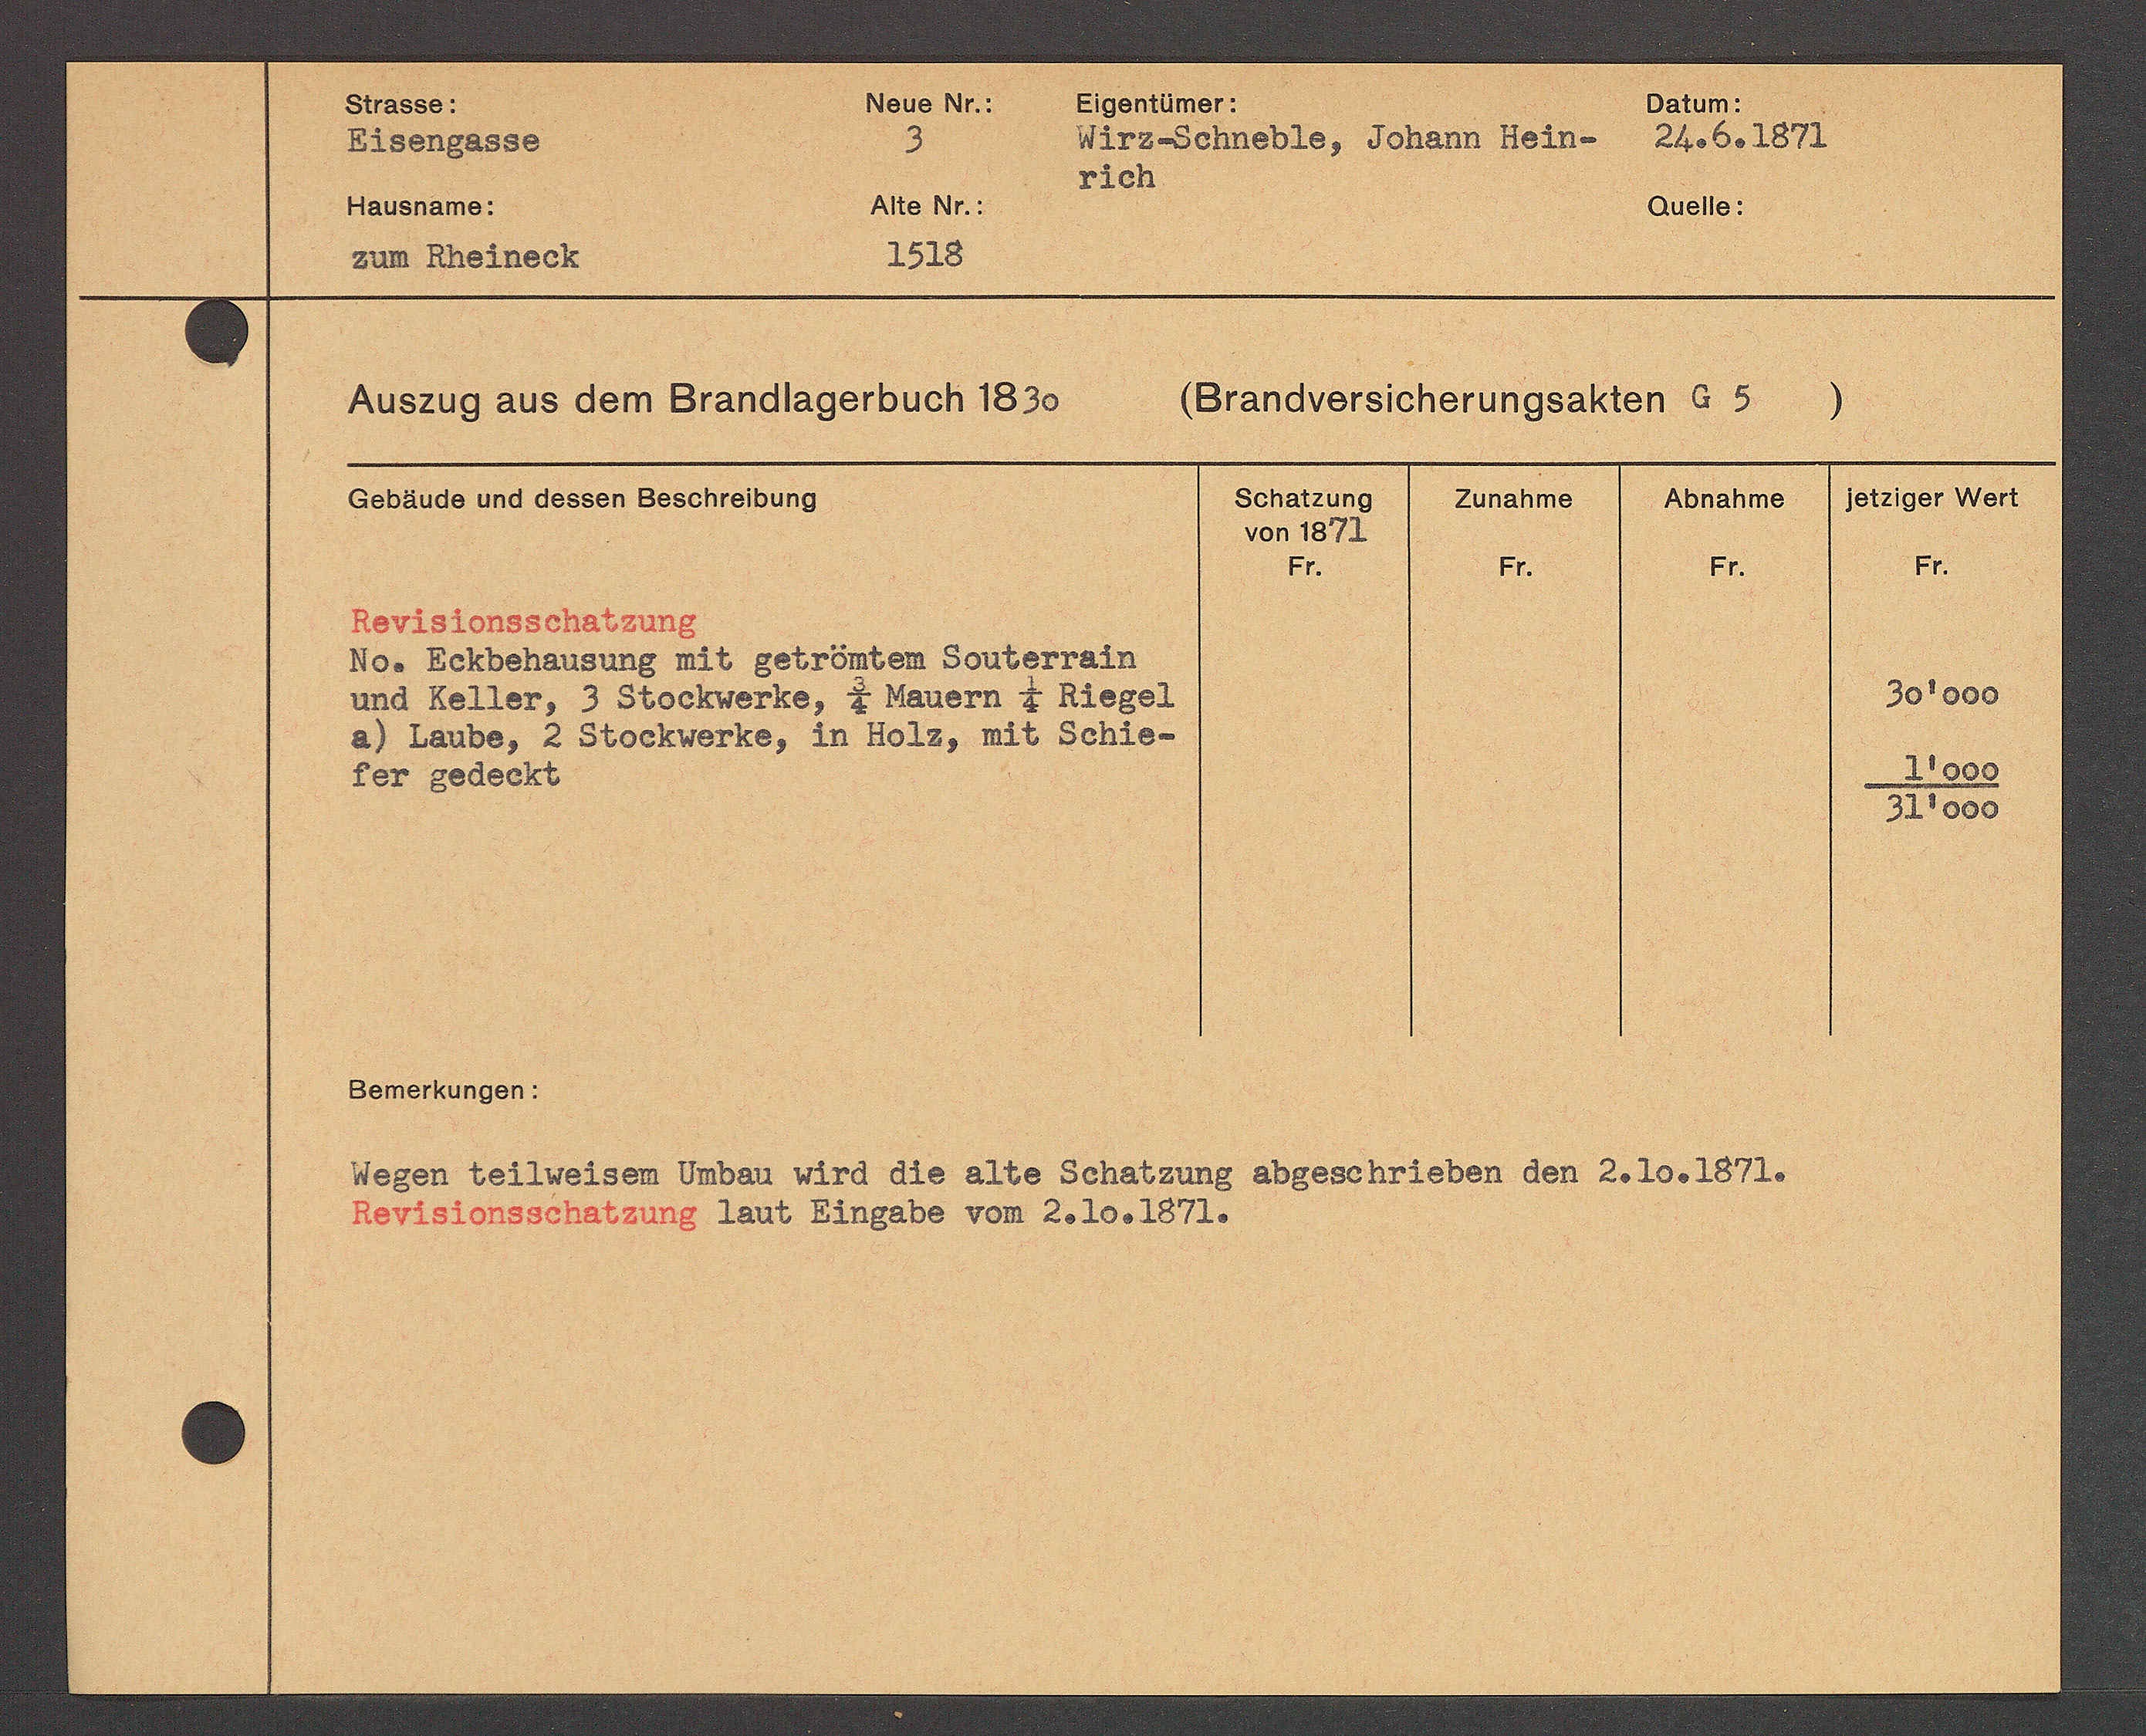
Transcript:
805 SodoAII.

Fronow 20. Johans 4022 . 22 b. 2071.
52500 ℔ A330
3
5208
112454 A0.
Atotto:
140 4.
2528
E RooTADEL.

DADTASERSTNGSARUER G 5
A45249 AS AOR STADTAGSNDBUCHBDB
)
S6tat 2440
24420
Cob Erdo Nid doSSon DoSENDBUrd
zinsen seit 150
10v 1872
81.
81.
61.
61.
Rov E STORISCHAEEUND
Hos DerDchaudinb NEE SAESSDIDR SORUDDTAEB
301000
Rud Felior, J Sbockworo, J Kauor à 420802
D Datber 2 StochwohE. 22 Dot 2 N2b 56520
S1300
521000
Domortungen.
WoDot AoRUNDDDon Dubac WESd Ste Albo SohAEEUDE ADDDDEDDDDDBU DER ES ADTADT
Rorstordschatzung Laut 2248200 vor 20400 2572